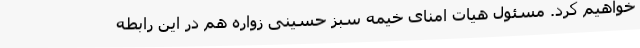
خواهیم کرد. مسئول هیات امنای خیمه سبز حسینی زواره هم در این رابطه